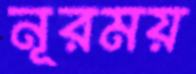
নূরময়